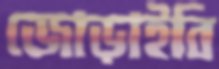
জোড়াইবি